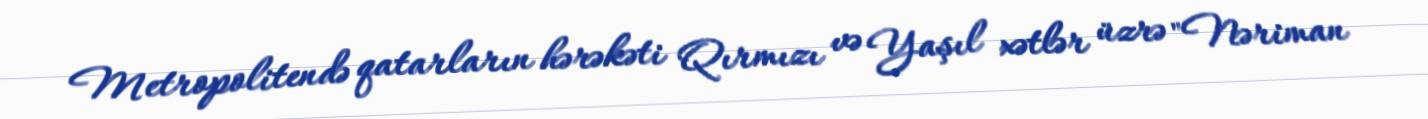
Metropolitendə qatarların hərəkəti Qırmızı və Yaşıl xətlər üzrə "Nəriman